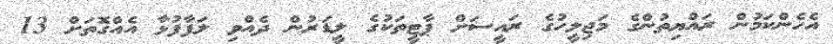
އެހެންކަމުން ރައްޔިތުންގެ މަޖިލީހުގެ ރައީސަށް ޕާޓީތަކުގެ ލީޑަރުން ދެއްވި ލަފާފުޅާ އެއްގޮތަށް 13